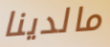
مالدينا